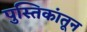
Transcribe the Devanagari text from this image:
पुस्तिकांतून